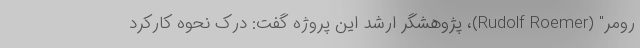
رومر" (Rudolf Roemer)، پژوهشگر ارشد این پروژه گفت: درک نحوه کارکرد